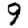
Digit: 9